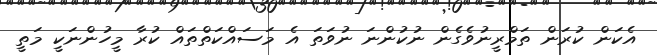
އެކަން ކުރަން ތަމްރީނުވެގެން ނުކުންނަ ނުވަތަ އެ މަސައްކަތްތައް ކުރާ މީހުންނަކީ މަތީ